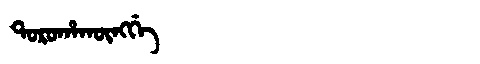
Manchu: ᡨᠣᡵᠣᡥᠠᡴᡡᠩᡤᡝ
Romanization: TOROHAKŪNGGE